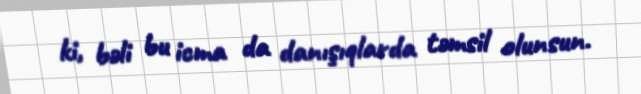
ki, bəli bu icma da danışıqlarda təmsil olunsun.